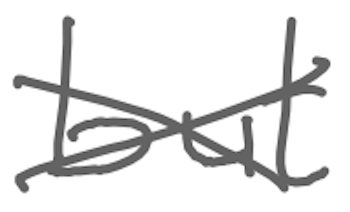
Text: but
Cross-out: cross
Writing tool: digital_gray